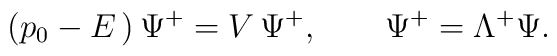
(p_0-E\,)\,\Psi^+=V\,\Psi^+,\qquad\Psi^+=\Lambda^+\Psi.